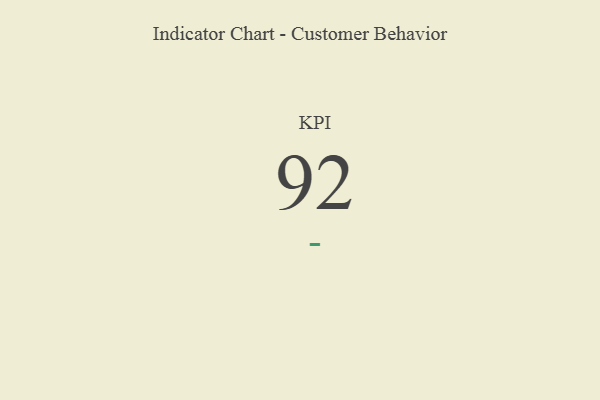
{"axis": {"x": "KPI", "y": "Value"}, "legend": [""], "data": [{"x": "KPI", "y": 92, "type": ""}]}